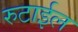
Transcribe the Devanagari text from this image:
रुटाईल